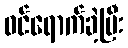
ဝင်ရောက်ခဲ့ပြီး